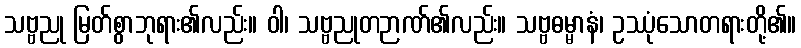
သဗ္ဗညု မြတ်စွာဘုရား၏လည်း။ ဝါ၊ သဗ္ဗညုတဉာဏ်၏လည်း။ သဗ္ဗဓမ္မာနံ၊ ဥဿုံသောတရားတို့၏။